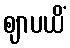
ဈာပယိံ